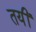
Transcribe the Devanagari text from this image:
तयीं